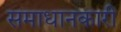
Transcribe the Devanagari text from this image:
समाधानकारी